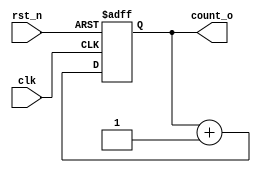
`timescale 1ns / 1ps

module counter_2bit(
    input clk,
    input rst_n,
    output [1:0] count_o
    );
    
    reg [1:0] count ;
    initial begin
        count = 2'b00 ;
    end
    
    always @(posedge clk, negedge rst_n)begin
        if(rst_n == 1'b0)begin
            count <= 0 ;
        end
        else begin
            count <= count + 1 ;
        end
    
    end
    
    assign count_o = count ;
endmodule